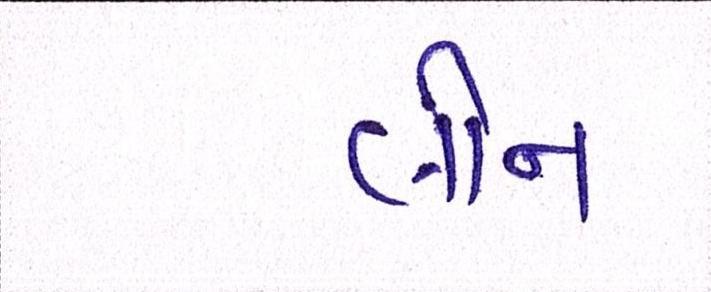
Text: લીન